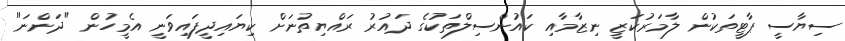
ސިޔާސީ ޕާޓީތަކުން ލާމަރުކަޒީ ނިޒާމާއި ކައުންސިލްތަކުގެ ދައުރު ރައްޔިތުނަށް ކިޔައިދީފައިވަނީ އެމީހުން "ދަންނަ"